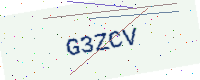
Text: G3ZCV